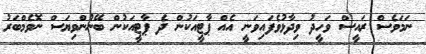
ނަމަވެސް ރައީސް ވަހީދު ވިދާޅުވެފައިވަނީ އެއް ޕާޓީއަކުން ދެ ޕާޓީއަކުން ބޭނުންވިޔަސް ނޮވެމްބަރު